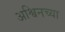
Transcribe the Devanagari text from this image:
अश्विनच्या